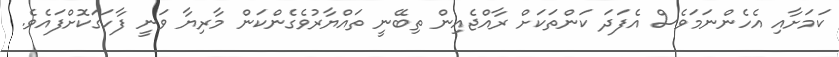
ކަމަށާއި އެހެންނަމަވެސް އެފަދަ ކަންތަކަށް ރާއްޖެއިން ތިބޭނީ ތައްޔާރުވެގެންކަން މާރިޔާ ވަނީ ފާހަގަކޮށްފައެވެ.